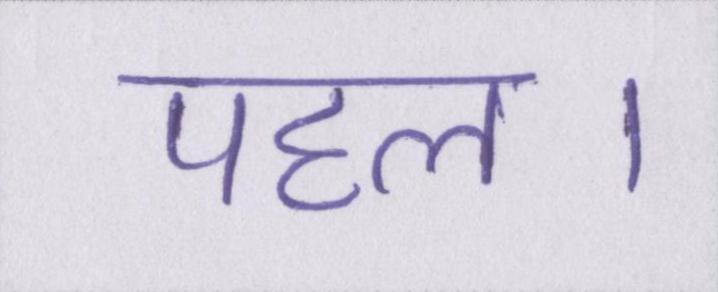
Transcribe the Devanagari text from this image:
पहल।